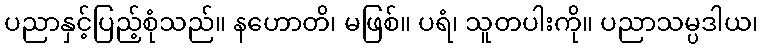
ပညာနှင့်ပြည့်စုံသည်။ နဟောတိ၊ မဖြစ်။ ပရံ၊ သူတပါးကို။ ပညာသမ္ပဒါယ၊